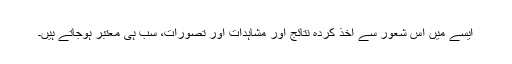
ایسے میں اس شعور سے اخذ کردہ نتائج اور مشاہدات اور تصورات، سب ہی معتبر ہوجاتے ہیں۔